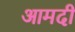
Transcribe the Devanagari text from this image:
आमदी